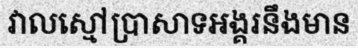
វាលស្មៅប្រាសាទអង្គរនឹងមាន